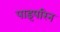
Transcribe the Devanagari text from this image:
पाइपरिन